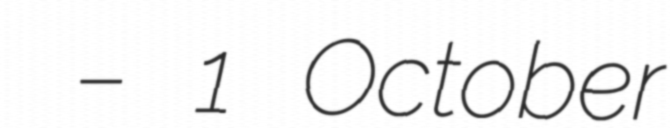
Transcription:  – 1 October